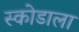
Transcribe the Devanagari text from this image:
स्कोडाला